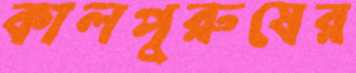
কালপুরুষের